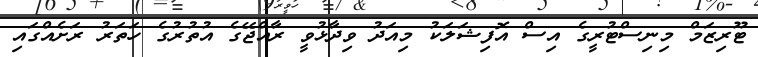
ޓޫރިޒަމް މިނިސްޓުރީގެ އިސް އޮފިޝަލަކު މިއަދު ވިދާޅުވީ ރާއްޖޭގެ އުތުރުގެ ހަތަރު ރަށެއްގައި